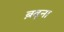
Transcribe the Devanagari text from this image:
ब़ढ़ना